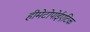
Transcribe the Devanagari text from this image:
हीमेटोपोईएटिक